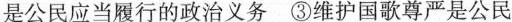
是公民应当履行的政治义务 ③维护国歌尊严是公民